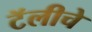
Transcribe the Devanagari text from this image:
टॅलीचे